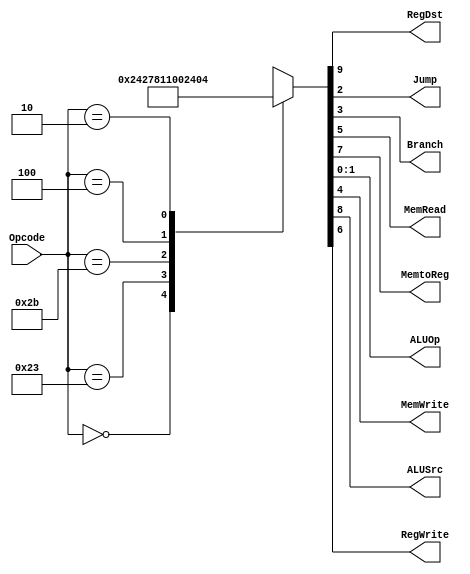
`timescale 1ns / 1ps
//*******************************************************//
// This document contains information proprietary        //
// to the CSULB student that created the                 //
// file - any reuse without adequate approval and        //
// documentation is prohibited                           //
//                                                       //
// Class:      <CECS 440>                                //
// Project:    <Project 1>                               //
//                                                       //
// Created by <Jose Sotelo> on <February 13, 2018>       // 
//                                                       //
// Abstract: Control Unit that tells the datapath        //           
//           with connections are necessary to           //
//           implement the ISA.                          //
//                                                       //
// In submitting this file for class work at CSULB       //
// I am confirming that this is my work and the work     //
// of no one else.                                       // 
//                                                       //
// In the event other code source are utilized I will    //
// document which portion og code and who is the author  //
//                                                       //
// In submitting this code I acknowledge that plagiarism //
// in student project work is subject to dismissal from  //
// the class                                             //
//*******************************************************//
module ControlUnit(Opcode, RegDst, Jump, Branch, 
                   MemRead, MemtoReg, ALUOp, MemWrite, 
                   ALUSrc, RegWrite
                   );
                   
     input     [5:0]     Opcode;
     
     output              RegDst,   Jump,     Branch;
     output              MemRead,  MemtoReg, MemWrite;
     output              ALUSrc,   RegWrite;
     
     output    [1:0]     ALUOp;
     
     reg                 RegDst,   Jump,     Branch;
     reg                 MemRead,  MemtoReg, MemWrite;
     reg                 ALUSrc,   RegWrite;
     
     reg       [1:0]     ALUOp;
         
     parameter R_Type = 6'b000_000,
               lw = 6'b100_011,
               sw = 6'b101_011,         
               beq = 6'b000_100,        
               j = 6'b000_010;
          
     always @(*)
     begin
          case(Opcode)
               R_Type: {RegDst,     ALUSrc,   MemtoReg,
                        RegWrite,   MemRead,  MemWrite,
                        Branch,     Jump,     ALUOp}            = 10'b10010_00010;
                        
               lw:     {RegDst,     ALUSrc,   MemtoReg,
                        RegWrite,   MemRead,  MemWrite,
                        Branch,     Jump,     ALUOp}            = 10'b01111_00000;
                        
               sw:     {RegDst,     ALUSrc,   MemtoReg,
                        RegWrite,   MemRead,  MemWrite,
                        Branch,     Jump,     ALUOp}            = 10'b01000_10000;
                        
               beq:    {RegDst,     ALUSrc,   MemtoReg,
                        RegWrite,   MemRead,  MemWrite,
                        Branch,     Jump,     ALUOp}            = 10'b00000_01001;
                        
               j:      {RegDst,     ALUSrc,   MemtoReg,
                        RegWrite,   MemRead,  MemWrite,
                        Branch,     Jump,     ALUOp}            = 10'b00000_00100;
                            
               default: {RegDst,     ALUSrc,   MemtoReg,
                        RegWrite,   MemRead,  MemWrite,
                        Branch,     Jump,     ALUOp}            = 10'bxxxx_xxxxx; 
          endcase
     end
endmodule